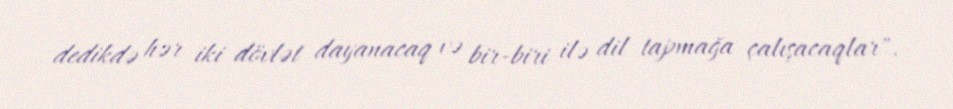
dedikdə hər iki dövlət dayanacaq və bir-biri ilə dil tapmağa çalışacaqlar".